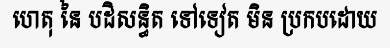
ហេតុ នៃ បដិសន្ធិត ទៅទៀត មិន ប្រកបដោយ